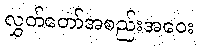
လွှတ်တော်အစည်းအဝေး